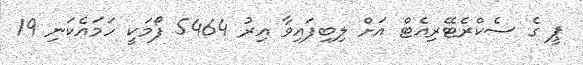
ޕީ ގެ ސެކްރެޓޭރިއެޓް އަށް ލިބިފައިވާ އިރު 5464 ފޯމަކީ ހަމައެކަނި 19